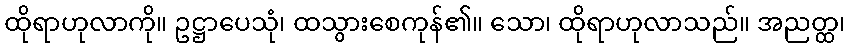
ထိုရာဟုလာကို။ ဥဋ္ဌာပေသုံ၊ ထသွားစေကုန်၏။ သော၊ ထိုရာဟုလာသည်။ အညတ္ထ၊